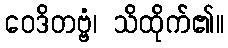
ဝေဒိတဗ္ဗံ၊ သိထိုက်၏။